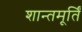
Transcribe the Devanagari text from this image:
शान्तमूर्तिं